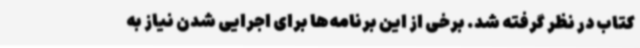
کتاب در نظر گرفته شد. برخی از این برنامه‌ها برای اجرایی شدن نیاز به